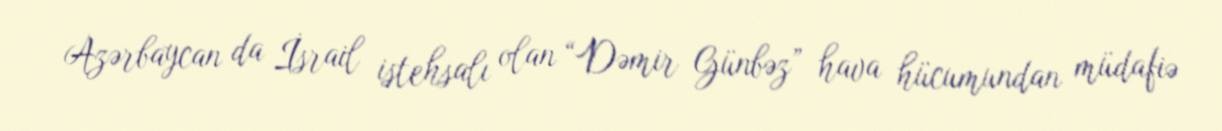
Azərbaycan da İsrail istehsalı olan “Dəmir Günbəz” hava hücumundan müdafiə